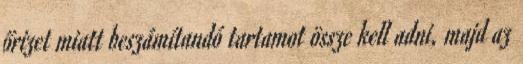
őrizet miatt beszámítandó tartamot össze kell adni, majd az